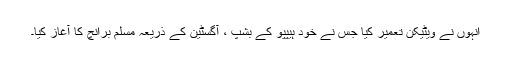
انہوں نے ویٹیکن تعمیر کیا جس نے خود ہیپپو کے بشپ ، آگسٹین کے ذریعہ مسلم برانچ کا آغاز کیا۔